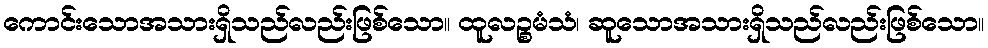
ကောင်းသောအသားရှိသည်လည်းဖြစ်သော။ ထူလဉ္စမံသံ၊ ဆူသောအသားရှိသည်လည်းဖြစ်သော။